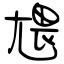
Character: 㞇